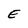
Character: E